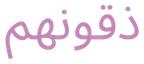
ذقونھم